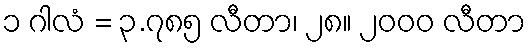
၁ ဂါလံ = ၃.၇၈၅ လီတာ၊ ၂၈။ ၂၀၀၀ လီတာ